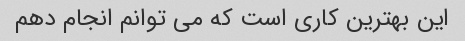
این بهترین کاری است که می توانم انجام دهم